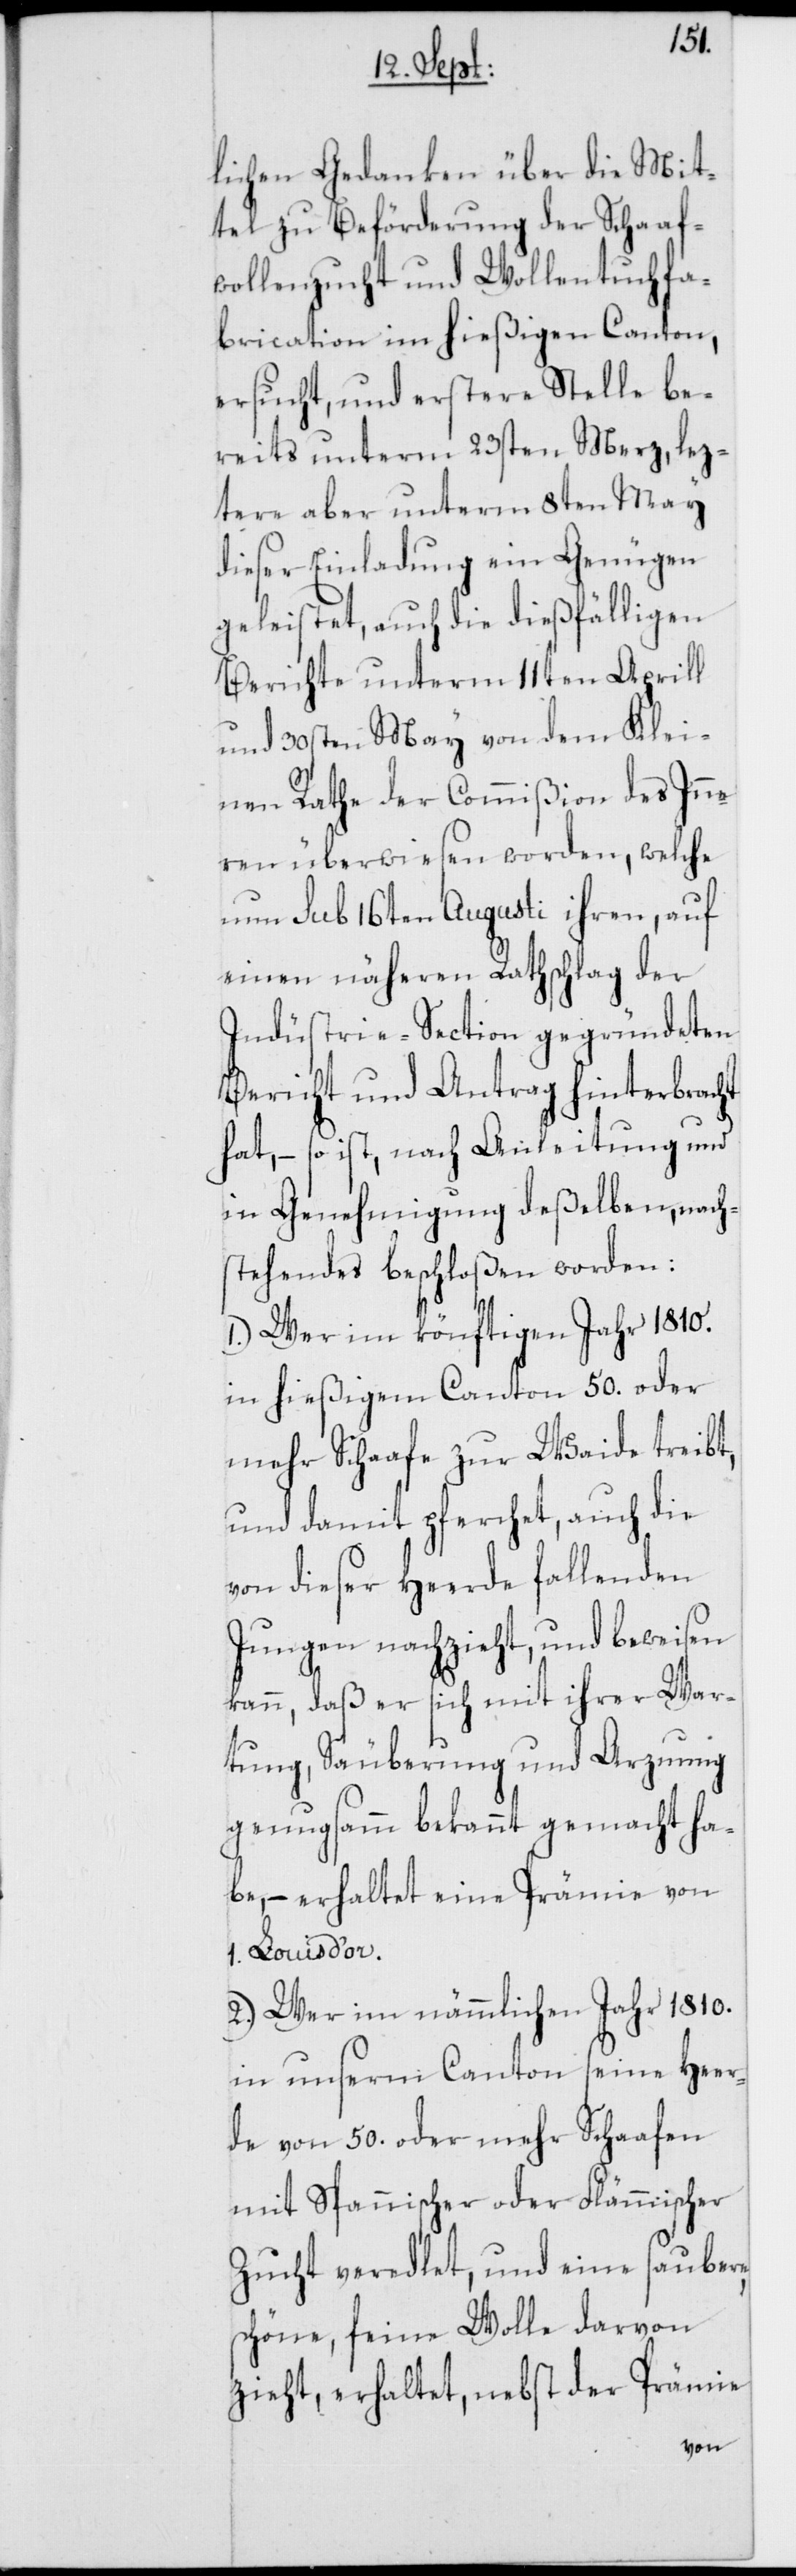
lichen Gedanken über die Mit¬
tel zu Beförderung der Schaaf¬
wollenzucht und Wollentuchfa¬
brikation im hießigen Canton,
ersucht, und erstere Stelle be¬
reits unterm 23sten Merz, lez¬
tere aber unterm 8ten May
dieser Einladung ein Genügen
geleistet, auch die dießfälligen
Berichte unterm 11ten Aprill
und 30sten May von dem Klei¬
nen Rathe der Commißion des Inn¬
eren überwiesen worden, welche
nun sub 16ten Augusti ihren, auf
einen näheren Rathschlag der
Indüstrie-Section gegründeten
Bericht und Antrag hinterbracht
hat, – so ist, nach Anleitung und
in Genehmigung deßelben, nachs¬
tehendes beschloßen worden:
1.) Wer im könftigen Jahr 1810.
in hießigem Canton 50. oder
mehr Schaafe zur Weide treibt,
und damit pferchet, auch die
von dieser Heerde fallenden
Jungen nachzieht, und beweisen
kann, daß er sich mit ihrer War¬
tung, Säuberung und Arznung
genugsamm bekannt gemacht ha¬
be, – erhaltet eine Prämie von
1. Louis d’or.
2.) Wer im nämmlichen Jahr 1810.
in unserm Canton seine Heer¬
de von 50. oder mehr Schaafen
mit Spannischer oder Flämmischer
Zucht veredlet, und eine saubere,
schöne, feine Wolle darvon
zieht, erhaltet, nebst der Prämie